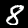
Label: 8